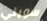
سويني